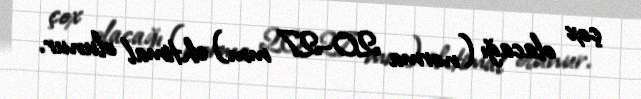
çox olacağı (norma 20-27 mm) ehtimal olunur.